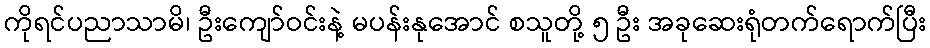
ကိုရင်ပညာသာမိ၊ ဦးကျော်ဝင်းနဲ့ မပန်းနုအောင် စသူတို့ ၅ ဦး အခုဆေးရုံတက်ရောက်ပြီး